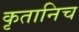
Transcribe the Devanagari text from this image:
कृतानिच